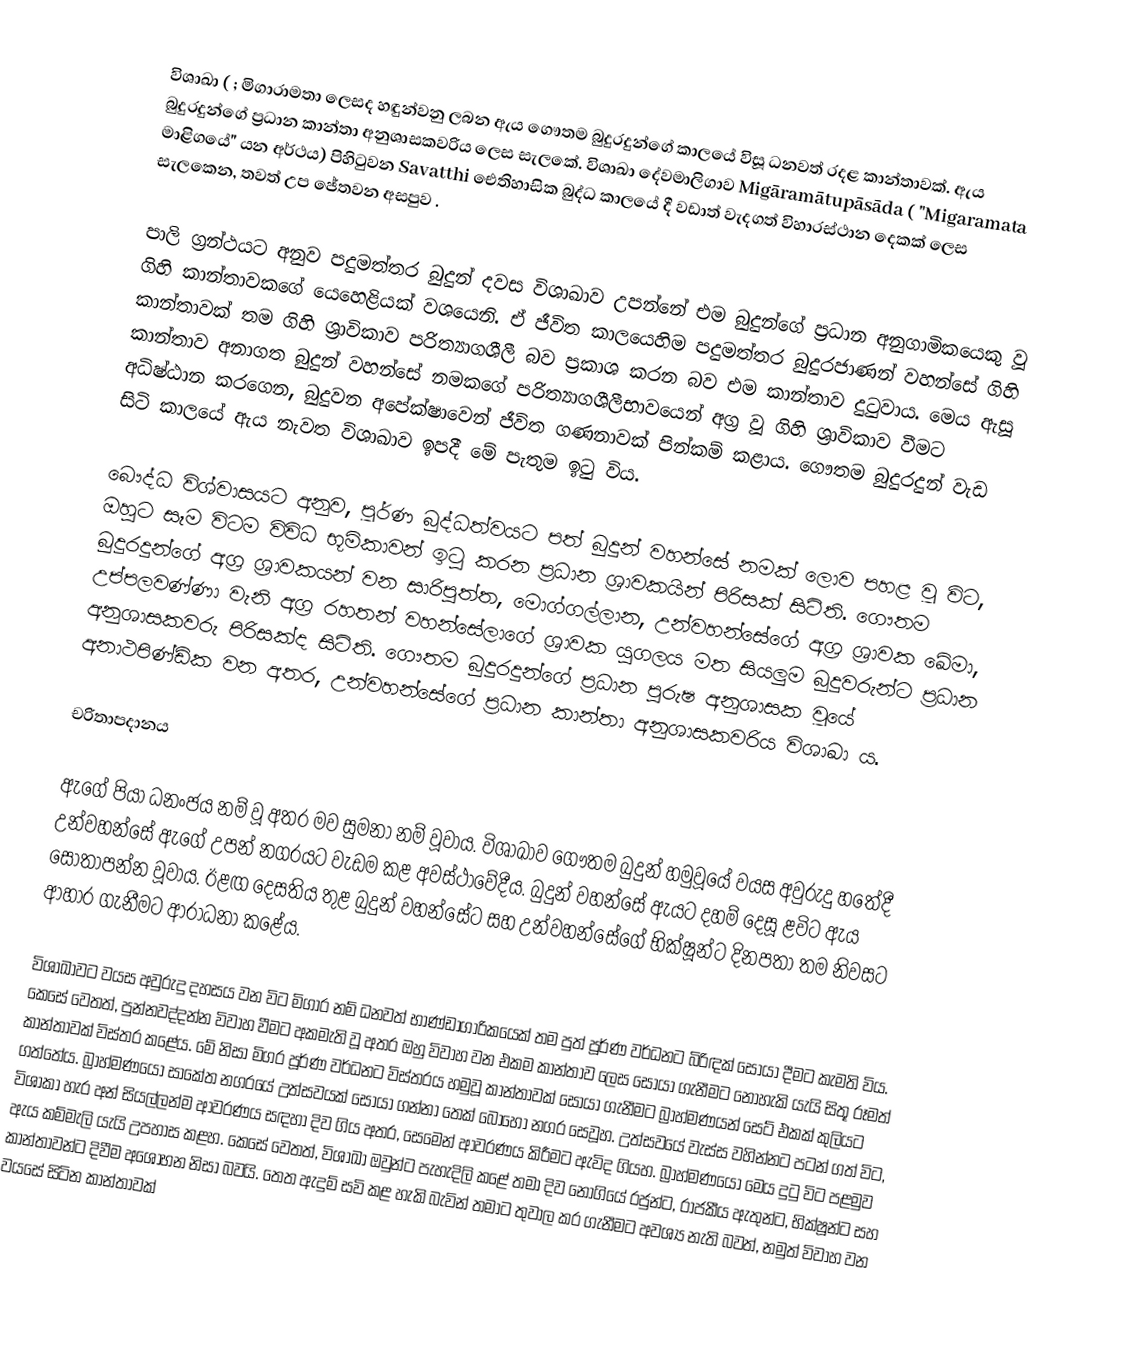
විශාඛා (    ;    මිගාරාමතා ලෙසද හඳුන්වනු ලබන ඇය ගෞතම බුදුරදුන්ගේ කාලයේ විසූ ධනවත් රදළ කාන්තාවක්. ඇය බුදුරදුන්ගේ ප්‍රධාන කාන්තා අනුශාසකවරිය ලෙස සැලකේ. විශාඛා දේවමාලිගාව Migāramātupāsāda ( "Migaramata මාළිගයේ" යන අර්ථය) පිහිටුවන Savatthi ඓතිහාසික බුද්ධ කාලයේ දී වඩාත් වැදගත් විහාරස්ථාන දෙකක් ලෙස සැලකෙන, තවත් උප ජේතවන අසපුව .

පාලි ග්‍රන්ථයට අනුව පදුමත්තර බුදුන් දවස විශාඛාව උපන්නේ එම බුදුන්ගේ ප්‍රධාන අනුගාමිකයෙකු වූ ගිහි කාන්තාවකගේ යෙහෙළියක් වශයෙනි. ඒ ජීවිත කාලයෙහිම පදුමත්තර බුදුරජාණන් වහන්සේ ගිහි කාන්තාවක් තම ගිහි ශ්‍රාවිකාව පරිත්‍යාගශීලී බව ප්‍රකාශ කරන බව එම කාන්තාව දුටුවාය. මෙය ඇසූ කාන්තාව අනාගත බුදුන් වහන්සේ නමකගේ පරිත්‍යාගශීලීභාවයෙන් අග්‍ර වූ ගිහි ශ්‍රාවිකාව වීමට අධිෂ්ඨාන කරගෙන, බුදුවන අපේක්ෂාවෙන් ජීවිත ගණනාවක් පින්කම් කළාය.  ගෞතම බුදුරදුන් වැඩ සිටි කාලයේ ඇය නැවත විශාඛාව ඉපදී මේ පැතුම ඉටු විය.    

බෞද්ධ විශ්වාසයට අනුව, පූර්ණ බුද්ධත්වයට පත් බුදුන් වහන්සේ නමක් ලොව පහළ වූ විට, ඔහුට සෑම විටම විවිධ භූමිකාවන් ඉටු කරන ප්‍රධාන ශ්‍රාවකයින් පිරිසක් සිටිති. ගෞතම බුදුරදුන්ගේ අග්‍ර ශ්‍රාවකයන් වන සාරිපුත්ත, මොග්ගල්ලාන, උන්වහන්සේගේ අග්‍ර ශ්‍රාවක ඛේමා, උප්පලවණ්ණා වැනි අග්‍ර රහතන් වහන්සේලාගේ ශ්‍රාවක යුගලය මත සියලුම බුදුවරුන්ට ප්‍රධාන අනුශාසකවරු පිරිසක්ද සිටිති. ගෞතම බුදුරදුන්ගේ ප්‍රධාන පුරුෂ අනුශාසක වූයේ අනාථපිණ්ඩික වන අතර, උන්වහන්සේගේ ප්‍රධාන කාන්තා අනුශාසකවරිය විශාඛා ය.

චරිතාපදානය

ඇගේ පියා ධනංජය නම් වූ අතර මව සුමනා නම් වූවාය.  විශාඛාව ගෞතම බුදුන් හමුවූයේ වයස අවුරුදු හතේදී උන්වහන්සේ ඇගේ උපන් නගරයට වැඩම කළ අවස්ථාවේදීය. බුදුන් වහන්සේ ඇයට දහම් දෙසූ ළවිට ඇය සෝතාපන්න වූවාය. ඊළඟ දෙසතිය තුළ බුදුන් වහන්සේට සහ උන්වහන්සේගේ භික්ෂූන්ට දිනපතා තම නිවසට ආහාර ගැනීමට ආරාධනා කළේය.

විශාඛාවට වයස අවුරුදු දහසය වන විට මිගාර නම් ධනවත් භාණ්ඩාගාරිකයෙක් තම පුත් පූර්ණ වර්ධනට බිරිඳක් සොයා දීමට කැමති විය. කෙසේ වෙතත්, පුන්නවද්දන්න විවාහ වීමට අකමැති වූ අතර ඔහු විවාහ වන එකම කාන්තාව ලෙස සොයා ගැනීමට නොහැකි යැයි සිතූ රූමත් කාන්තාවක් විස්තර කළේය. මේ නිසා මිගර පූර්ණ වර්ධනට විස්තරය හමුවූ කාන්තාවක් සොයා ගැනීමට බ්‍රාහ්මණයන් සෙට් එකක් කුලියට ගත්තේය. බ්‍රාහ්මණයෝ සාකේත නගරයේ උත්සවයක් සොයා ගන්නා තෙක් බොහෝ නගර සෙවූහ. උත්සවයේ වැස්ස වහින්නට පටන් ගත් විට, විශාකා හැර අන් සියල්ලන්ම ආවරණය සඳහා දිව ගිය අතර, සෙමෙන් ආවරණය කිරීමට ඇවිද ගියහ. බ්‍රාහ්මණයෝ මෙය දුටු විට පළමුව ඇය කම්මැලි යැයි උපහාස කළහ. කෙසේ වෙතත්, විශාඛා ඔවුන්ට පැහැදිලි කළේ තමා දිව නොගියේ රජුන්ට, රාජකීය ඇතුන්ට, භික්ෂූන්ට සහ කාන්තාවන්ට දිවීම අශෝභන නිසා බවයි. තෙත ඇදුම් සවි කළ හැකි බැවින් තමාට තුවාල කර ගැනීමට අවශ්‍ය නැති බවත්, නමුත් විවාහ වන වයසේ සිටින කාන්තාවක්